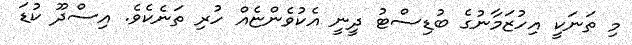
މި ތަނަކީ އިހުޒަމާނުގެ ބުޑިސްޓު ދީނީ އެކުވެންޏެއް ހުރި ތަނެކެވެ. އިސްދޫ ކުޑަ